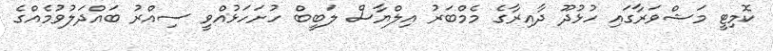
ކޮމިޓީ މަޝްވަރާގައި ހުޅުދޫ ދާއިރާގެ މެމްބަރު އިލްޔާސް ލަބީބް ހުށަހަޅުއްވީ ސިއްރު ބައްދަލުވުމެއްގެ